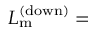
L _ { \mathrm { m } } ^ { \mathrm { ( d o w n ) } } =